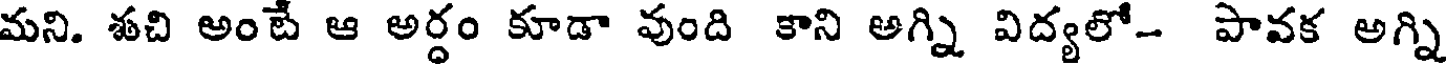
మని. శచి అంటే ఆ అర్ధం కూడా వుంది కాని అగ్ని విద్యలో- పావక అగ్ని